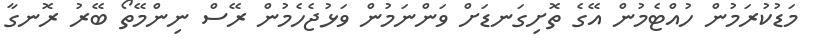
މަޑުކުރަމުން ހުއްޓެމުން އޭގެ ތޮށިގަނޑަށް ވަންނަމުން ވަޅުޖެހެމުން ރޭސް ނިންމޭތޯ ބޭރު ރޮނގާ